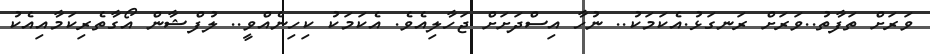
ވަރަށް ތަފާތު..ވަރަށް ރަނގަޅު.އެކަމަކު.. ނުހާ އިސްދަށަށް ޖަހާލިއެވެ. އެކަމަކު ކިހިނެއްވީ.. ލުފްޝާން އޯގާތެރިކަމާއިއެކު